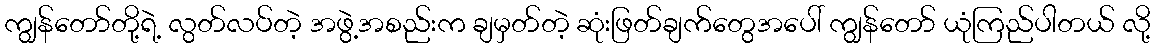
ကျွန်တော်တို့ရဲ့ လွတ်လပ်တဲ့ အဖွဲ့အစည်းက ချမှတ်တဲ့ ဆုံးဖြတ်ချက်တွေအပေါ် ကျွန်တော် ယုံကြည်ပါတယ် လို့